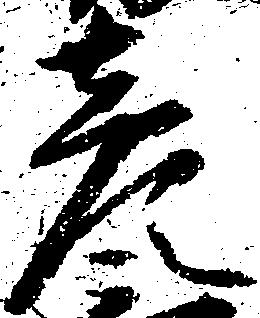
彦